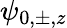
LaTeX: \psi_{0,\pm,z}